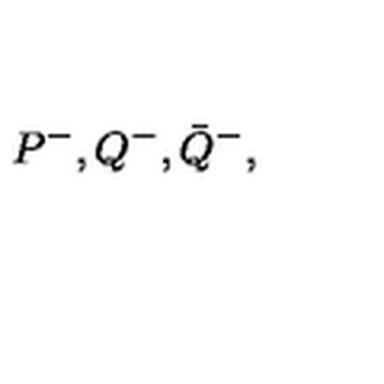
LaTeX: P ^ { - } , Q ^ { - } , \bar { Q } ^ { - } ,